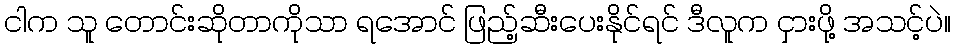
ငါက သူ တောင်းဆိုတာကိုသာ ရအောင် ဖြည့်ဆီးပေးနိုင်ရင် ဒီလူက ငှားဖို့ အသင့်ပဲ။